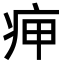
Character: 𤵭